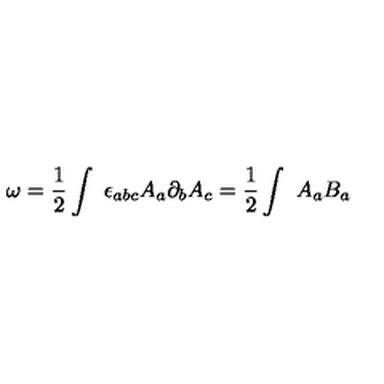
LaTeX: { \omega } = \frac { 1 } { 2 } \int \ { \epsilon } _ { a b c } A _ { a } \partial _ { b } A _ { c } = \frac { 1 } { 2 } \int \ A _ { a } B _ { a }